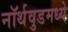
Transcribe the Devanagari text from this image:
नॉर्थवुडमध्ये